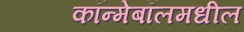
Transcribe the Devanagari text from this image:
कॉन्मेबॉलमधील